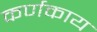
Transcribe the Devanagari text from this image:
कर्णकाय